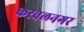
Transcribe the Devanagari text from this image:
करवलनगर